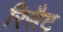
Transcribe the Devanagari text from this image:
रिसैट